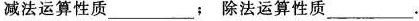
减法运算性质___；除法运算性质___。